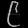
Digit: ၉